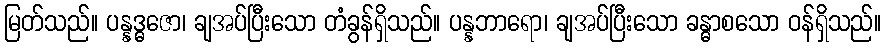
မြတ်သည်။ ပန္နဒ္ဓဇော၊ ချအပ်ပြီးသော တံခွန်ရှိသည်။ ပန္နဘာရော၊ ချအပ်ပြီးသော ခန္ဓာစသော ဝန်ရှိသည်။